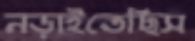
নড়াইতেছিস